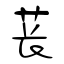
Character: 苌